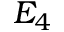
E _ { 4 }